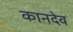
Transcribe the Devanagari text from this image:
कानदेव